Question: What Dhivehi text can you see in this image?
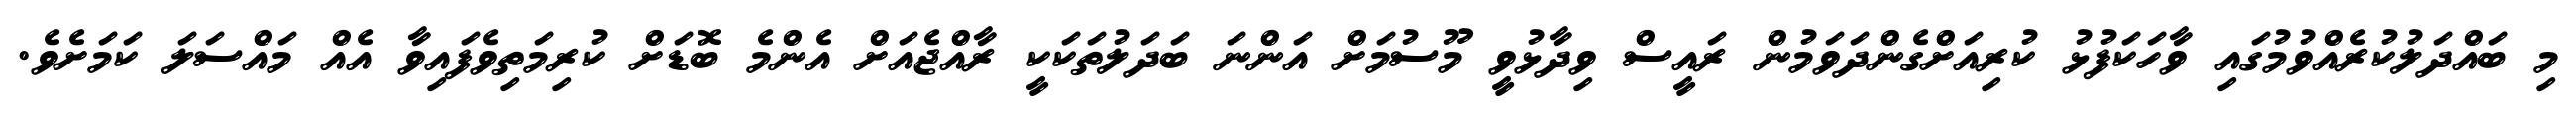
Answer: މި ބައްދަލުކުރެއްވުމުގައި ވާހަކަފުޅު ކުރިއަށްގެންދަވަމުން ރައީސް ވިދާޅުވީ މޫސުމަށް އަންނަ ބަދަލުތަކަކީ ރާއްޖެއަށް އެންމެ ބޮޑަށް ކުރިމަތިވެފައިވާ އެއް މައްސަލަ ކަމަށެވެ.